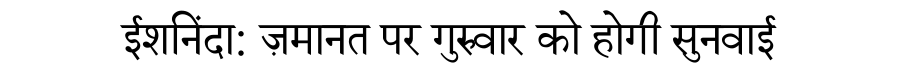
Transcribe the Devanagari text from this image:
ईशनिंदा: ज़मानत पर गुरुवार को होगी सुनवाई